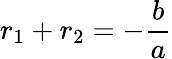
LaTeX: r_{1}+r_{2}=-\frac{b}{a}